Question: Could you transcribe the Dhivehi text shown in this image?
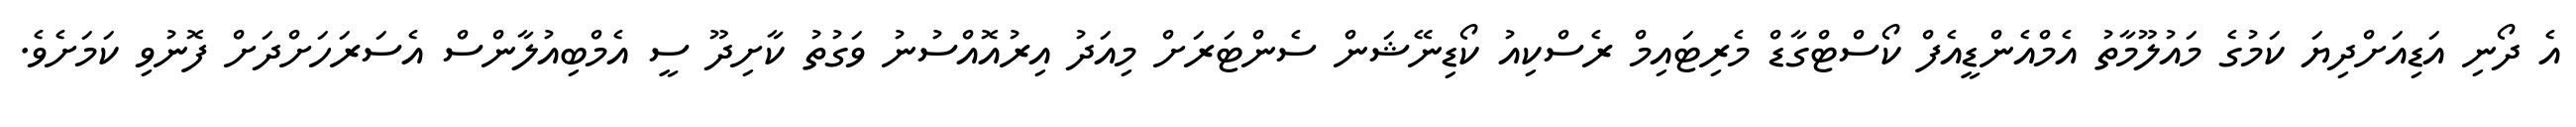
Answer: އެ ދޯނި އަޑިއަށްދިޔަ ކަމުގެ މައުލޫމާތު އެމްއެންޑީއެފް ކޯސްޓްގާޑް މެރިޓައިމް ރެސްކިއު ކޯޑިނޭޝަން ސެންޓަރަށް މިއަދު އިރުއޮއްސުނު ވަގުތު ކާށިދޫ ސީ އެމްބިއުލާންސް އެސަރަހަށްދަށް ފޮނުވި ކަމަށެވެ.